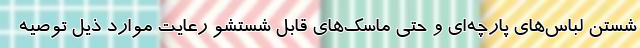
شستن لباس‌های پارچه‌ای و حتی ماسک‌های قابل شستشو رعایت موارد ذیل توصیه